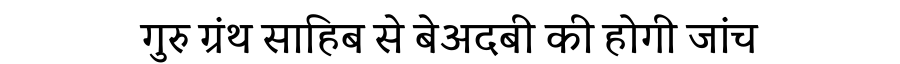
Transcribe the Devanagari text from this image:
गुरु ग्रंथ साहिब से बेअदबी की होगी जांच